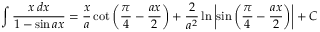
\int { \frac { x \, d x } { 1 - \sin a x } } = { \frac { x } { a } } \cot \left( { \frac { \pi } { 4 } } - { \frac { a x } { 2 } } \right) + { \frac { 2 } { a ^ { 2 } } } \ln \left| \sin \left( { \frac { \pi } { 4 } } - { \frac { a x } { 2 } } \right) \right| + C